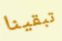
تبقينا